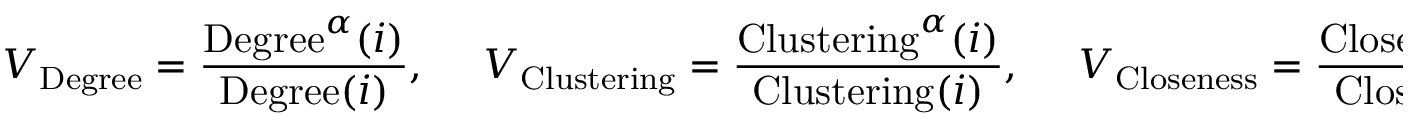
V _ { \mathrm { { D e g r e e } } } = \frac { \mathrm { { D e g r e e } } ^ { \alpha } ( i ) } { \mathrm { { D e g r e e } } ( i ) } , ~ ~ ~ ~ ~ ~ V _ { \mathrm { { C l u s t e r i n g } } } = \frac { \mathrm { { C l u s t e r i n g } } ^ { \alpha } ( i ) } { \mathrm { { C l u s t e r i n g } } ( i ) } , ~ ~ ~ ~ ~ ~ V _ { \mathrm { { C l o s e n e s s } } } = \frac { \mathrm { { C l o s e n e s s } } ^ { \alpha } ( i ) } { \mathrm { { C l o s e n e s s } } ( i ) } ,